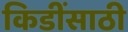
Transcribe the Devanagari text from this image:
किडींसाठी